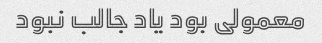
معمولی بود یاد جالب نبود